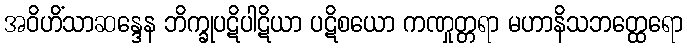
အဝိဟိံသာဆန္ဒေန ဘိက္ခုပဋိပါဋိယာ ပဋိစယော ကဏှုတ္တရာ မဟာနိသဘတ္ထေရော